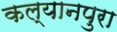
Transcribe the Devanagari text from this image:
कल्यानपुरा